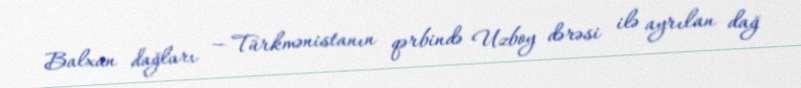
Balxan dağları — Türkmənistanın qərbində Uzboy dərəsi ilə ayrılan dağ